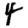
Digit: 4